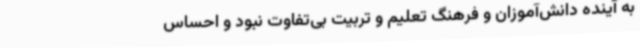
به آینده دانش‌آموزان و فرهنگ تعلیم و تربیت بی‌تفاوت نبود و احساس